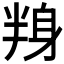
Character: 𮷕